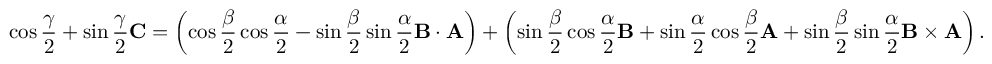
\cos { \frac { \gamma } { 2 } } + \sin { \frac { \gamma } { 2 } } \mathbf { C } = \left( \cos { \frac { \beta } { 2 } } \cos { \frac { \alpha } { 2 } } - \sin { \frac { \beta } { 2 } } \sin { \frac { \alpha } { 2 } } \mathbf { B } \cdot \mathbf { A } \right) + \left( \sin { \frac { \beta } { 2 } } \cos { \frac { \alpha } { 2 } } \mathbf { B } + \sin { \frac { \alpha } { 2 } } \cos { \frac { \beta } { 2 } } \mathbf { A } + \sin { \frac { \beta } { 2 } } \sin { \frac { \alpha } { 2 } } \mathbf { B } \times \mathbf { A } \right) .